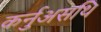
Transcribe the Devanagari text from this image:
कर्नुअसथि